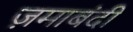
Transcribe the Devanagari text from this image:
ज़माबंदी